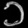
Digit: ၁